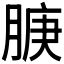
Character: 𬛇